Annual administration report of the Civil Veterinary Department of India - 1894-1895
Year: 1894
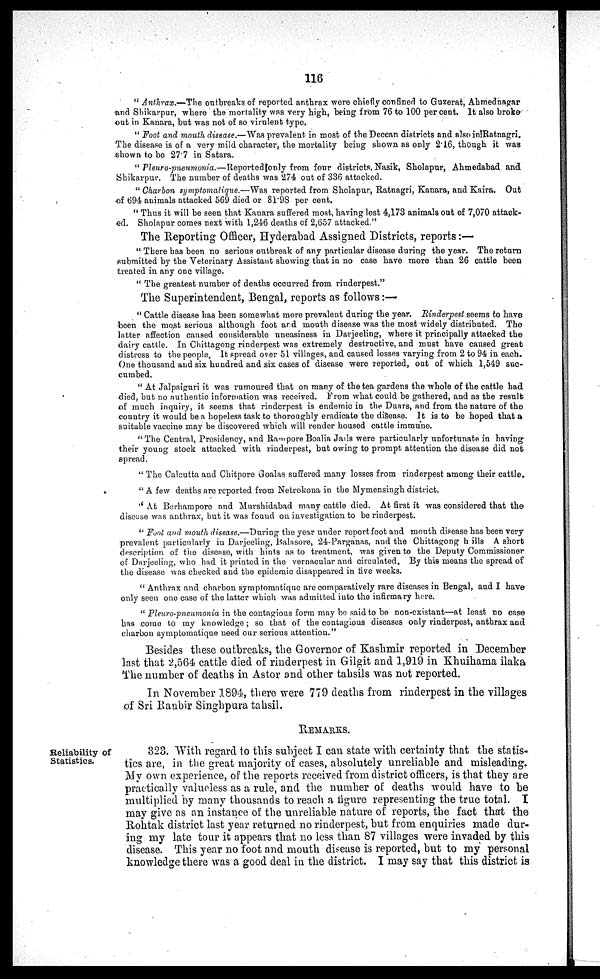
116
" Anthrax.—The outbreaks of reported anthrax were chiefly confined to Guzerat, Ahmednagar
and Shikarpur, where the mortality was very high, being from 76 to 100 per cent. It also broke
out in Kanara, but was not of so virulent type.
" Foot and mouth disease.—Was prevalent, in most of the Deccan districts and also in Ratnagri.
The disease is of a very mild character, the mortality being shown as only 2.16, though it was
shown to be 27.7 in Satara.
" Pleuro-pneumonia.—Reported
only from four districts, Nasik, Sholapur, Ahmedabad and
Shikarpur. The number of deaths was 274 out of 336 attacked.
" Charbon symptomatique.—Was reported from Sholapur, Ratnagri, Kanara, and Kaira. Out
of 694 animals attacked 569 died or 81.98 per cent.
" Thus it will be seen that Kanara suffered most, having lost 4,173 animals out of 7,070 attack-
ed. Sholapur comes next with 1,246 deaths of 2,657 attacked."
The Reporting Officer, Hyderabad Assigned Districts, reports :—
" There has been no serious outbreak of any particular disease during the year. The return
submitted by the Veterinary Assistant showing that in no case have more than 26 cattle been
treated in any one village.
" The greatest number of deaths occurred from rinderpest."
The Superintendent, Bengal, reports as follows :—
" Cattle disease has been somewhat more prevalent during the year. Rinderpest seems to have
been the most serious although foot and mouth disease was the most widely distributed. The
latter affection caused considerable uneasiness in Darjeeling, where it principally attacked the
dairy cattle. In Chittagong rinderpest was extremely destructive, and must have caused great
distress to the people. It spread over 51 villages, and caused losses varying from 2 to 94 in each.
One thousand and six hundred and six cases of disease were reported, out of which 1,549 suc-
cumbed.
" At Jalpaiguri it was rumoured that on many of the tea gardens the whole of the cattle had
died, but no authentic information was received. From what could be gathered, and as the result
of much inquiry, it seems that rinderpest is endemic in the Duars, and from the nature of the
country it would be a hopeless task to thoroughly eradicate the disease. It is to be hoped that a
suitable vaccine may be discovered which will render housed cattle immune.
"The Central, Presidency, and Rampore Boalia Jails were particularly unfortunate in having
their young stock attacked with rinderpest, but owing to prompt attention the disease did not
spread.
" The Calcutta and Chitpore Goalas suffered many losses from rinderpest among their cattle.
"A few deaths are reported from Netrokona in the Mymensingh district.
" At Berhampore and Murshidabad many cattle died. At first it was considered that the
disease was anthrax, but it was found on investigation to be rinderpest.
" Foot and mouth disease.—During the year under report foot and mouth disease has been very
prevalent particularly in Darjeeling, Balasore, 24 Parganas, and the Chittagong h ills A short
description of the disease, with hints as to treatment, was given to the Deputy Commissioner
of Darjeeling, who had it printed in the vernacular and circulated. By this means the spread of
the disease was checked and the epidemic disappeared in five weeks.
" Anthrax and charbon symptomatique are comparatively rare diseases in Bengal, and I have
only seen one case of the latter which was admitted into the infirmary here.
" Pleuro-pneumonia in the contagious form may be said to be non-existant—at least no case
has come to my knowledge; so that of the contagious diseases only rinderpest, anthrax and
charbon symptomatique need our serious attention."
Besides these outbreaks, the Governor of Kashmir reported in December
last that 2,564 cattle died of rinderpest in Gilgit and 1,919 in Khuihama ilaka
The number of deaths in Astor and other tahsils was not reported.
In November 1894, there were 779 deaths from rinderpest in the villages
of Sri Ranbir Singhpura tahsil.
REMARKS.
Reliability of
Statistics.
323. With regard to this subject I can state with certainty that the statis-
tics are, in the great majority of cases, absolutely unreliable and misleading.
My own experience, of the reports received from district officers, is that they are
practically valueless as a rule, and the number of deaths would have to be
multiplied by many thousands to reach a figure representing the true total. I
may give as an instance of the unreliable nature of reports, the fact that the
Rohtak district last year returned no rinderpest, but from enquiries made dur-
ing my late tour it appears that no less than 87 villages were invaded by this
disease. This year no foot and mouth disease is reported, but to my personal
knowledge there was a good deal in the district. I may say that this district is